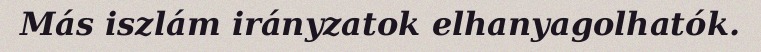
Más iszlám irányzatok elhanyagolhatók.